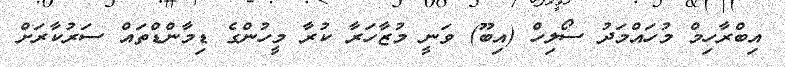
އިބްރާހިމް މުހައްމަދު ސޯލިހް (އިބޫ) ވަނީ މުޒާހަރާ ކުރާ މީހުންގެ ޑިމާންޑްތައް ސަރުކާރަށް